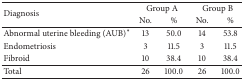
<table><thead><tr><td rowspan="2"><b>Diagnosis</b></td><td colspan="2"><b>Group A</b></td><td colspan="2"><b>Group B</b></td></tr><tr><td><b>No.</b></td><td><b>%</b></td><td><b>No.</b></td><td><b>%</b></td></tr></thead><tbody><tr><td>Abnormal uterine bleeding (AUB)<sup>*</sup></td><td>13</td><td>50.0</td><td>14</td><td>53.8</td></tr><tr><td>Endometriosis</td><td>3</td><td>11.5</td><td>3</td><td>11.5</td></tr><tr><td>Fibroid</td><td>10</td><td>38.4</td><td>10</td><td>38.4</td></tr><tr><td>Total</td><td>26</td><td>100.0</td><td>26</td><td>100.0</td></tr></tbody></table>